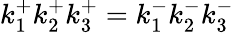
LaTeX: k_{1}^{+}k_{2}^{+}k_{3}^{+}=k_{1}^{-}k_{2}^{-}k_{3}^{-}